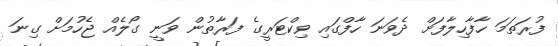
ފުރަތަމަ ހާފާހިލާފަށް ދެވަނަ ހާފްގައި ވިކްޓަރީގެ ފަރާތުން ވަނީ ގޯލެއް ޖެހުމަށް ގިނަ